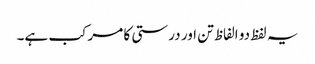
یہ لفظ دو الفاظ تن اور درستی کا مرکب ہے۔